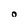
Character: o